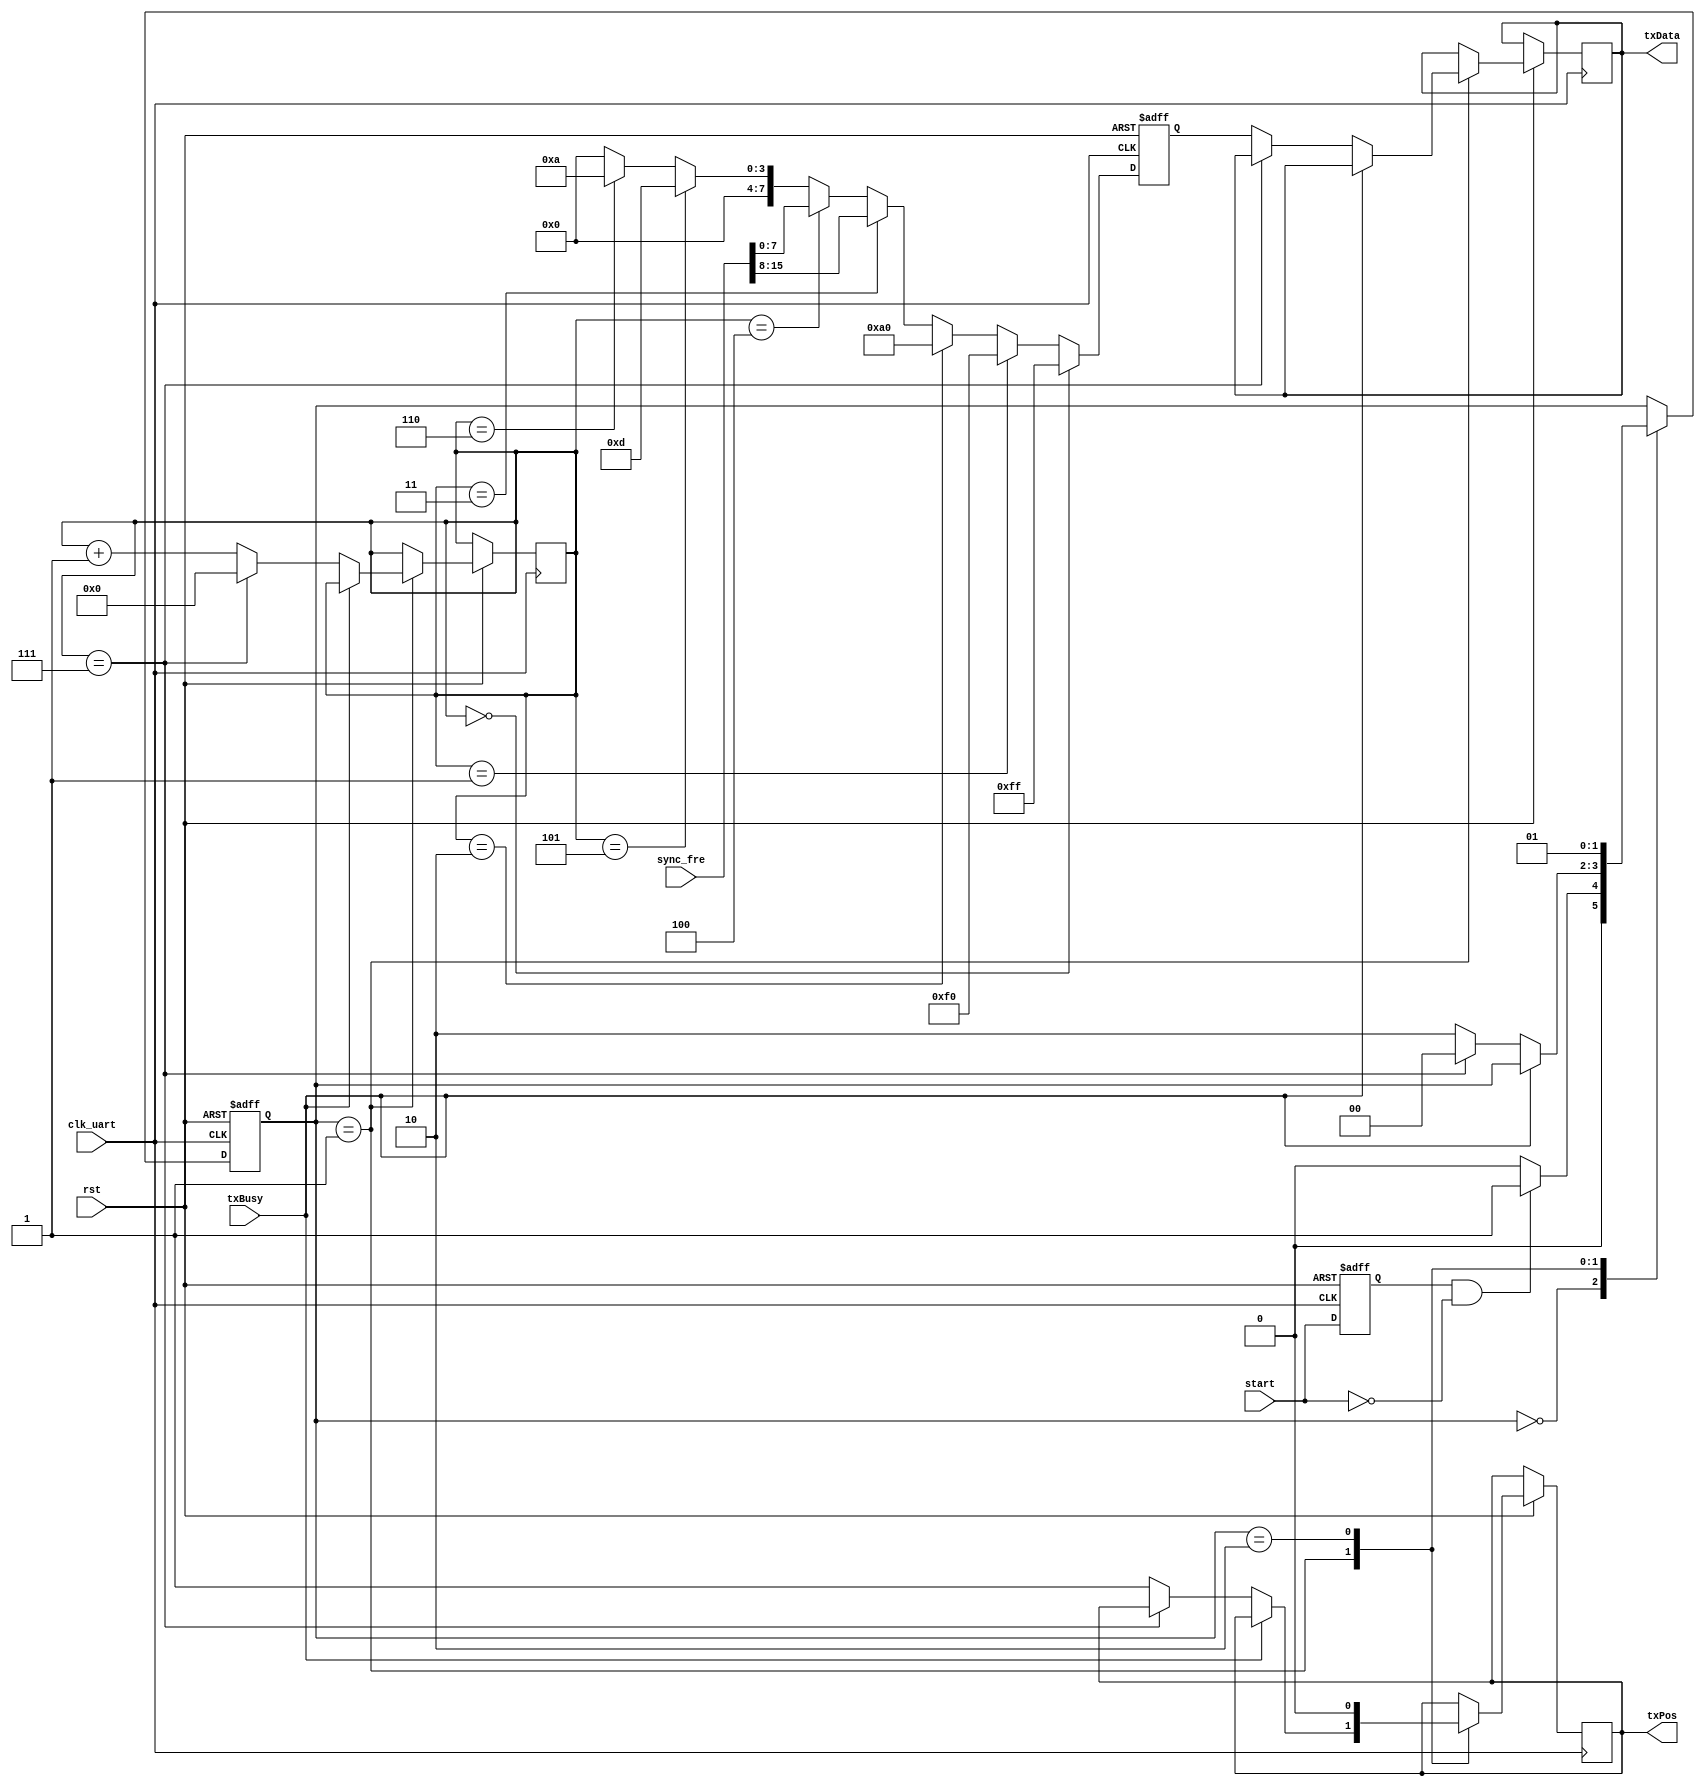
module uart_txd_ctr(
	input clk_uart,rst,
	input start,
	input txBusy,
	input [15:0]sync_fre,

	output [7:0]txData,
	output txPos

	);
//===================================================================

assign  txData = txDataT[7:0];
assign  txPos = txPos_t;

//===================================================================
reg start_r;
always @(posedge clk_uart or negedge rst) begin
	if (!rst) begin
		// reset
		start_r <= 0;
	end
	else 	start_r <= start;
end
//===================================================================

reg [1:0] SendState;
reg [7:0] txDataCnt,SendCnt;
reg [7:0] txDataT;
reg txPos_t;
always @(posedge clk_uart or negedge rst) begin
	if (!rst) begin
		// reset
	  SendState <= 2'd0;
	  SendCnt <= 8'd0;
	end
	else
	begin
		case(SendState)
			2'd0:
			begin
			    if(start_r && !start)
					SendState <= 2'd1;
			    else
					SendState <= 2'd0;	
			 end
			2'd1:
			begin if(!txBusy) begin
						if(txDataCnt == 8'd7)
						begin
								SendState <= 2'd0;
								txDataCnt <= 8'd0;
						end
						else begin
								txDataCnt <= txDataCnt + 8'd1;
								txPos_t <= 1'd1;
								txDataT <= txDataT_r;
								SendState <= 2'd2;
								if((txDataCnt > 8'd1) && (txDataCnt <= 8'd3))
										SendCnt <= SendCnt + 8'd1;
								else
										SendCnt <= 8'd0;
						end
					end
			 end
			2'd2:
			begin
					txPos_t <= 1'd0;
					SendState <= 2'd1;
			 end
		endcase
	end
end
//===================================================================
reg [7:0] txDataT_r;
always @(posedge clk_uart or negedge rst) begin
	if (!rst) begin
		txDataT_r <= 8'hff;
	end
	else 
	begin
	 if(txDataCnt == 8'd0)
				txDataT_r <= 8'hff;
	 else if(txDataCnt == 8'd1)
				txDataT_r <= 8'hf0;
	 else if(txDataCnt == 8'd2)
		        txDataT_r <= 8'ha0;
	 else if(txDataCnt == 8'd3)
				txDataT_r <= sync_fre[15:8];
	 else if(txDataCnt == 8'd4)
				txDataT_r <= sync_fre[7:0];
	 else if(txDataCnt == 8'd5)
				txDataT_r <= 8'h0d;
	 else if(txDataCnt == 8'd6)
	 			txDataT_r <= 8'h0a;
	 else txDataT_r <= 8'd0;
	end
end
//===================================================================
endmodule